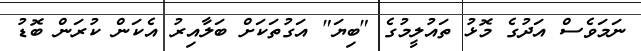
ނަމަވެސް އަދުގެ މޮޅު ތައުލީމުގެ "ބިޔަ" އަގުތަކަށް ބަލާއިރު އެކަން ކުރަން ބޮޑު